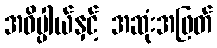
အဓိပ္ပါယ်နှင့် အဆုံးအဖြတ်